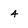
Character: 4